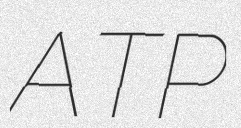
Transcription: ATP